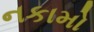
નકામો